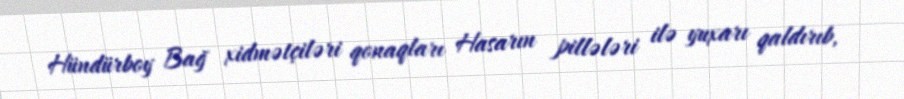
Hündürboy Bağ xidmətçiləri qonaqları Hasarın pillələri ilə yuxarı qaldırıb,